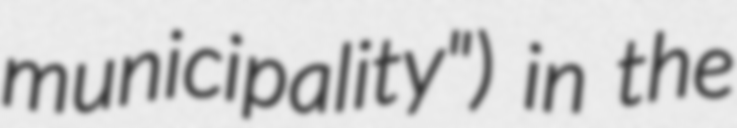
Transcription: municipality") in the